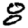
Digit: 8